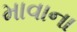
માવાના